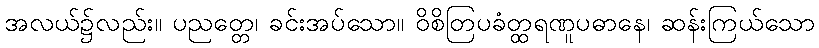
အလယ်၌လည်း။ ပညတ္တေ၊ ခင်းအပ်သော။ ဝိစိတြပခံတ္ထရဏူပဓာနေ၊ ဆန်းကြယ်သော